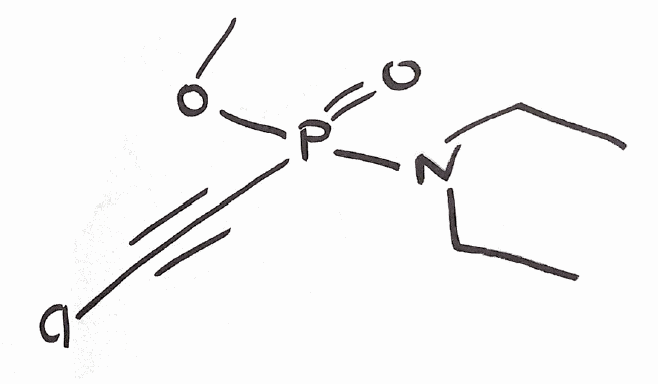
Simplified molecular-input line-entry system (SMILES) notation of the given molecule:
CCN(CC)P(=O)(C#CCl)OC